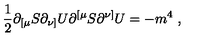
{ \frac { 1 } { 2 } } \partial _ { [ \mu } S \partial _ { \nu ] } U \partial ^ { [ \mu } S \partial ^ { \nu ] } U = - m ^ { 4 } \ ,